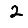
Digit: 2